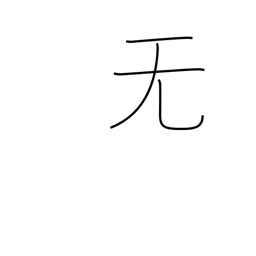
Meaning: nothing